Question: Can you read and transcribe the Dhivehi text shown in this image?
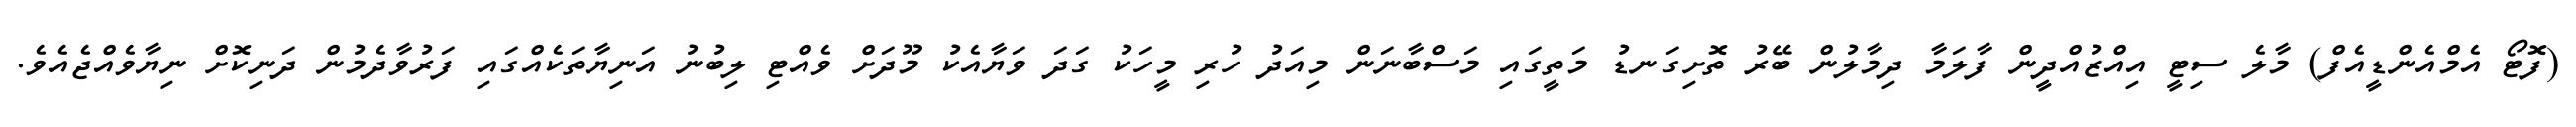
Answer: (ފޮޓޯ އެމްއެންޑީއެފް) މާލެ ސިޓީ އިއްޒުއްދީން ފާލަމާ ދިމާލުން ބޭރު ތޮށިގަނޑު މަތީގައި މަސްބާނަން މިއަދު ހުރި މީހަކު ގަދަ ވަޔާއެކު މޫދަށް ވެއްޓި ލިބުނު އަނިޔާތަކެއްގައި ފަރުވާދެމުން ދަނިކޮށް ނިޔާވެއްޖެއެވެ.